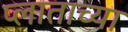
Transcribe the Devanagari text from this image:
प्लाताच्या